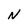
Character: N